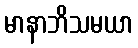
မာနာဘိသမယာ